Malaria in the Punjab - Number 46
Disease focus: Malaria
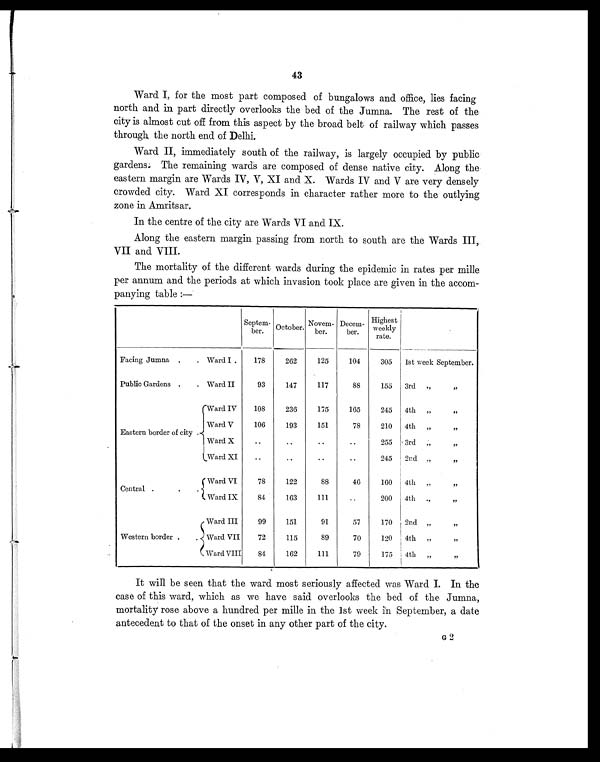
43
Ward I, for the most part composed of bungalows and office, lies facing
north and in part directly overlooks the bed of the Jumna. The rest of the
city is almost cut off from this aspect by the broad belt of railway which passes
through the north end of Delhi.
Ward II, immediately south of the railway, is largely occupied by public
gardens. The remaining wards are composed of dense native city. Along the
eastern margin are Wards IV, V, XI and X. Wards IV and V are very densely
crowded city. Ward XI corresponds in character rather more to the outlying
zone in Amritsar.
In the centre of the city are Wards VI and IX.
Along the eastern margin passing from north to south are the Wards III,
VII and VIII.
The mortality of the different wards during the epidemic in rates per mille
per annum and the periods at which invasion took place are given in the accom-
panying table :—
Septem-
ber. October Novem-
ber.
Decem-
ber.
Highest
weekly
rate.
Facing Jumna .
. Ward I .
178
262
125
104
305
1st week September.
Public Gardens .
. Ward II
93
147
117
88
155 3rd „ „
Eastern border of city .
Ward IV
108
236
175
165
245
4th „ „
Ward V
106
193
151
78
210 4th „ „
Ward X
..
. .
. .
. .
255
3rd „ „
Ward XI
. . ..
..
..
2 4 5 2nd „ „
Central .
. .
Ward VI
78
122
88
46
160 4 t h „ „
Ward IX
84
163
111
. .
200 4th „ „
Western border .
.
Ward III
99
151
91
57
170 2nd „ „
Ward VII
72
115
89
70
120
4th „ „
Ward VIII
84
162
111
79
175 4th „ „
It will be seen that the ward most seriously affected was Ward I. In the
case of this ward, which as we have said overlooks the bed of the Jumna,
mortality rose above a hundred per mille in the 1st week in September, a date
antecedent to that of the onset in any other part of the city.
G 2